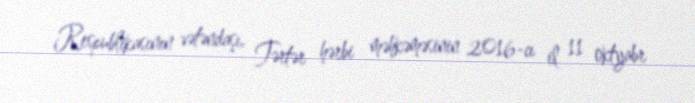
Respublikasının vətəndaşı, Tərtər hərbi məhkəməsinin 2016-cı il 11 oktyabr